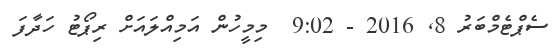
ސެޕްޓެމްބަރު 8